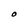
Character: O